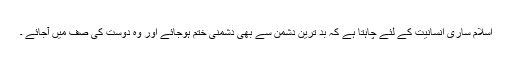
اسلام ساری انسانیت کے لئے چاہتا ہے کہ بد ترین دشمن سے بھی دشمنی ختم ہوجائے اور وہ دوست کی صف میں آجائے ۔